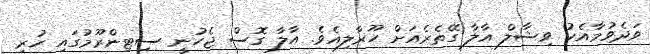
ވަދެވުމާއެކު ވިޝާލް އާލާ ގޭތެރެއަށް ހޫރާލިއެވެ. އާލާ ގޮސް ޖެހުނީ ސިޓިންރޫމުގައި ހުރި